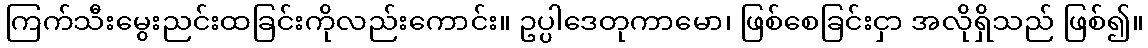
ကြက်သီးမွေးညင်းထခြင်းကိုလည်းကောင်း။ ဥပ္ပါဒေတုကာမော၊ ဖြစ်စေခြင်းငှာ အလိုရှိသည် ဖြစ်၍။